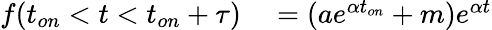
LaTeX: \begin{array}{rl}{f(t_{on}<t<t_{on}+\tau)}&{{}=(ae^{\alpha t_{on}}+m)e^{\alpha t}}\end{array}